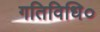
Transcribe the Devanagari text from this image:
गतिविधि०